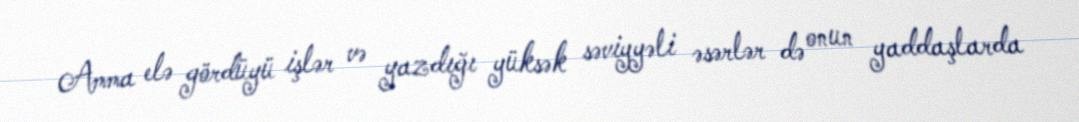
Amma elə gördüyü işlər və yazdığı yüksək səviyyəli əsərlər də onun yaddaşlarda